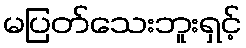
မပြတ်သေးဘူးရှင့်